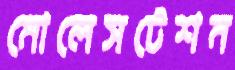
মোলেসটেশন